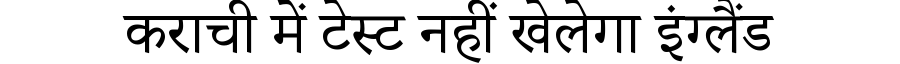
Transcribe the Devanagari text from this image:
कराची में टेस्ट नहीं खेलेगा इंग्लैंड